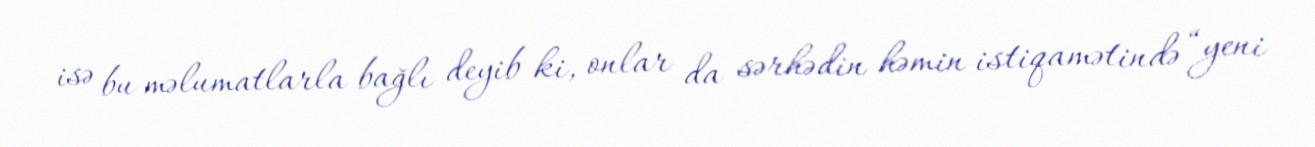
isə bu məlumatlarla bağlı deyib ki, onlar da sərhədin həmin istiqamətində “yeni